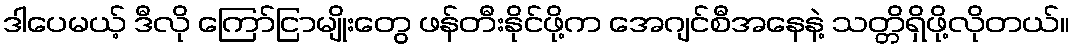
ဒါပေမယ့် ဒီလို ကြော်ငြာမျိုးတွေ ဖန်တီးနိုင်ဖို့က အေဂျင်စီအနေနဲ့ သတ္တိရှိဖို့လိုတယ်။